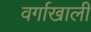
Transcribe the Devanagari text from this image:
वर्गाखाली